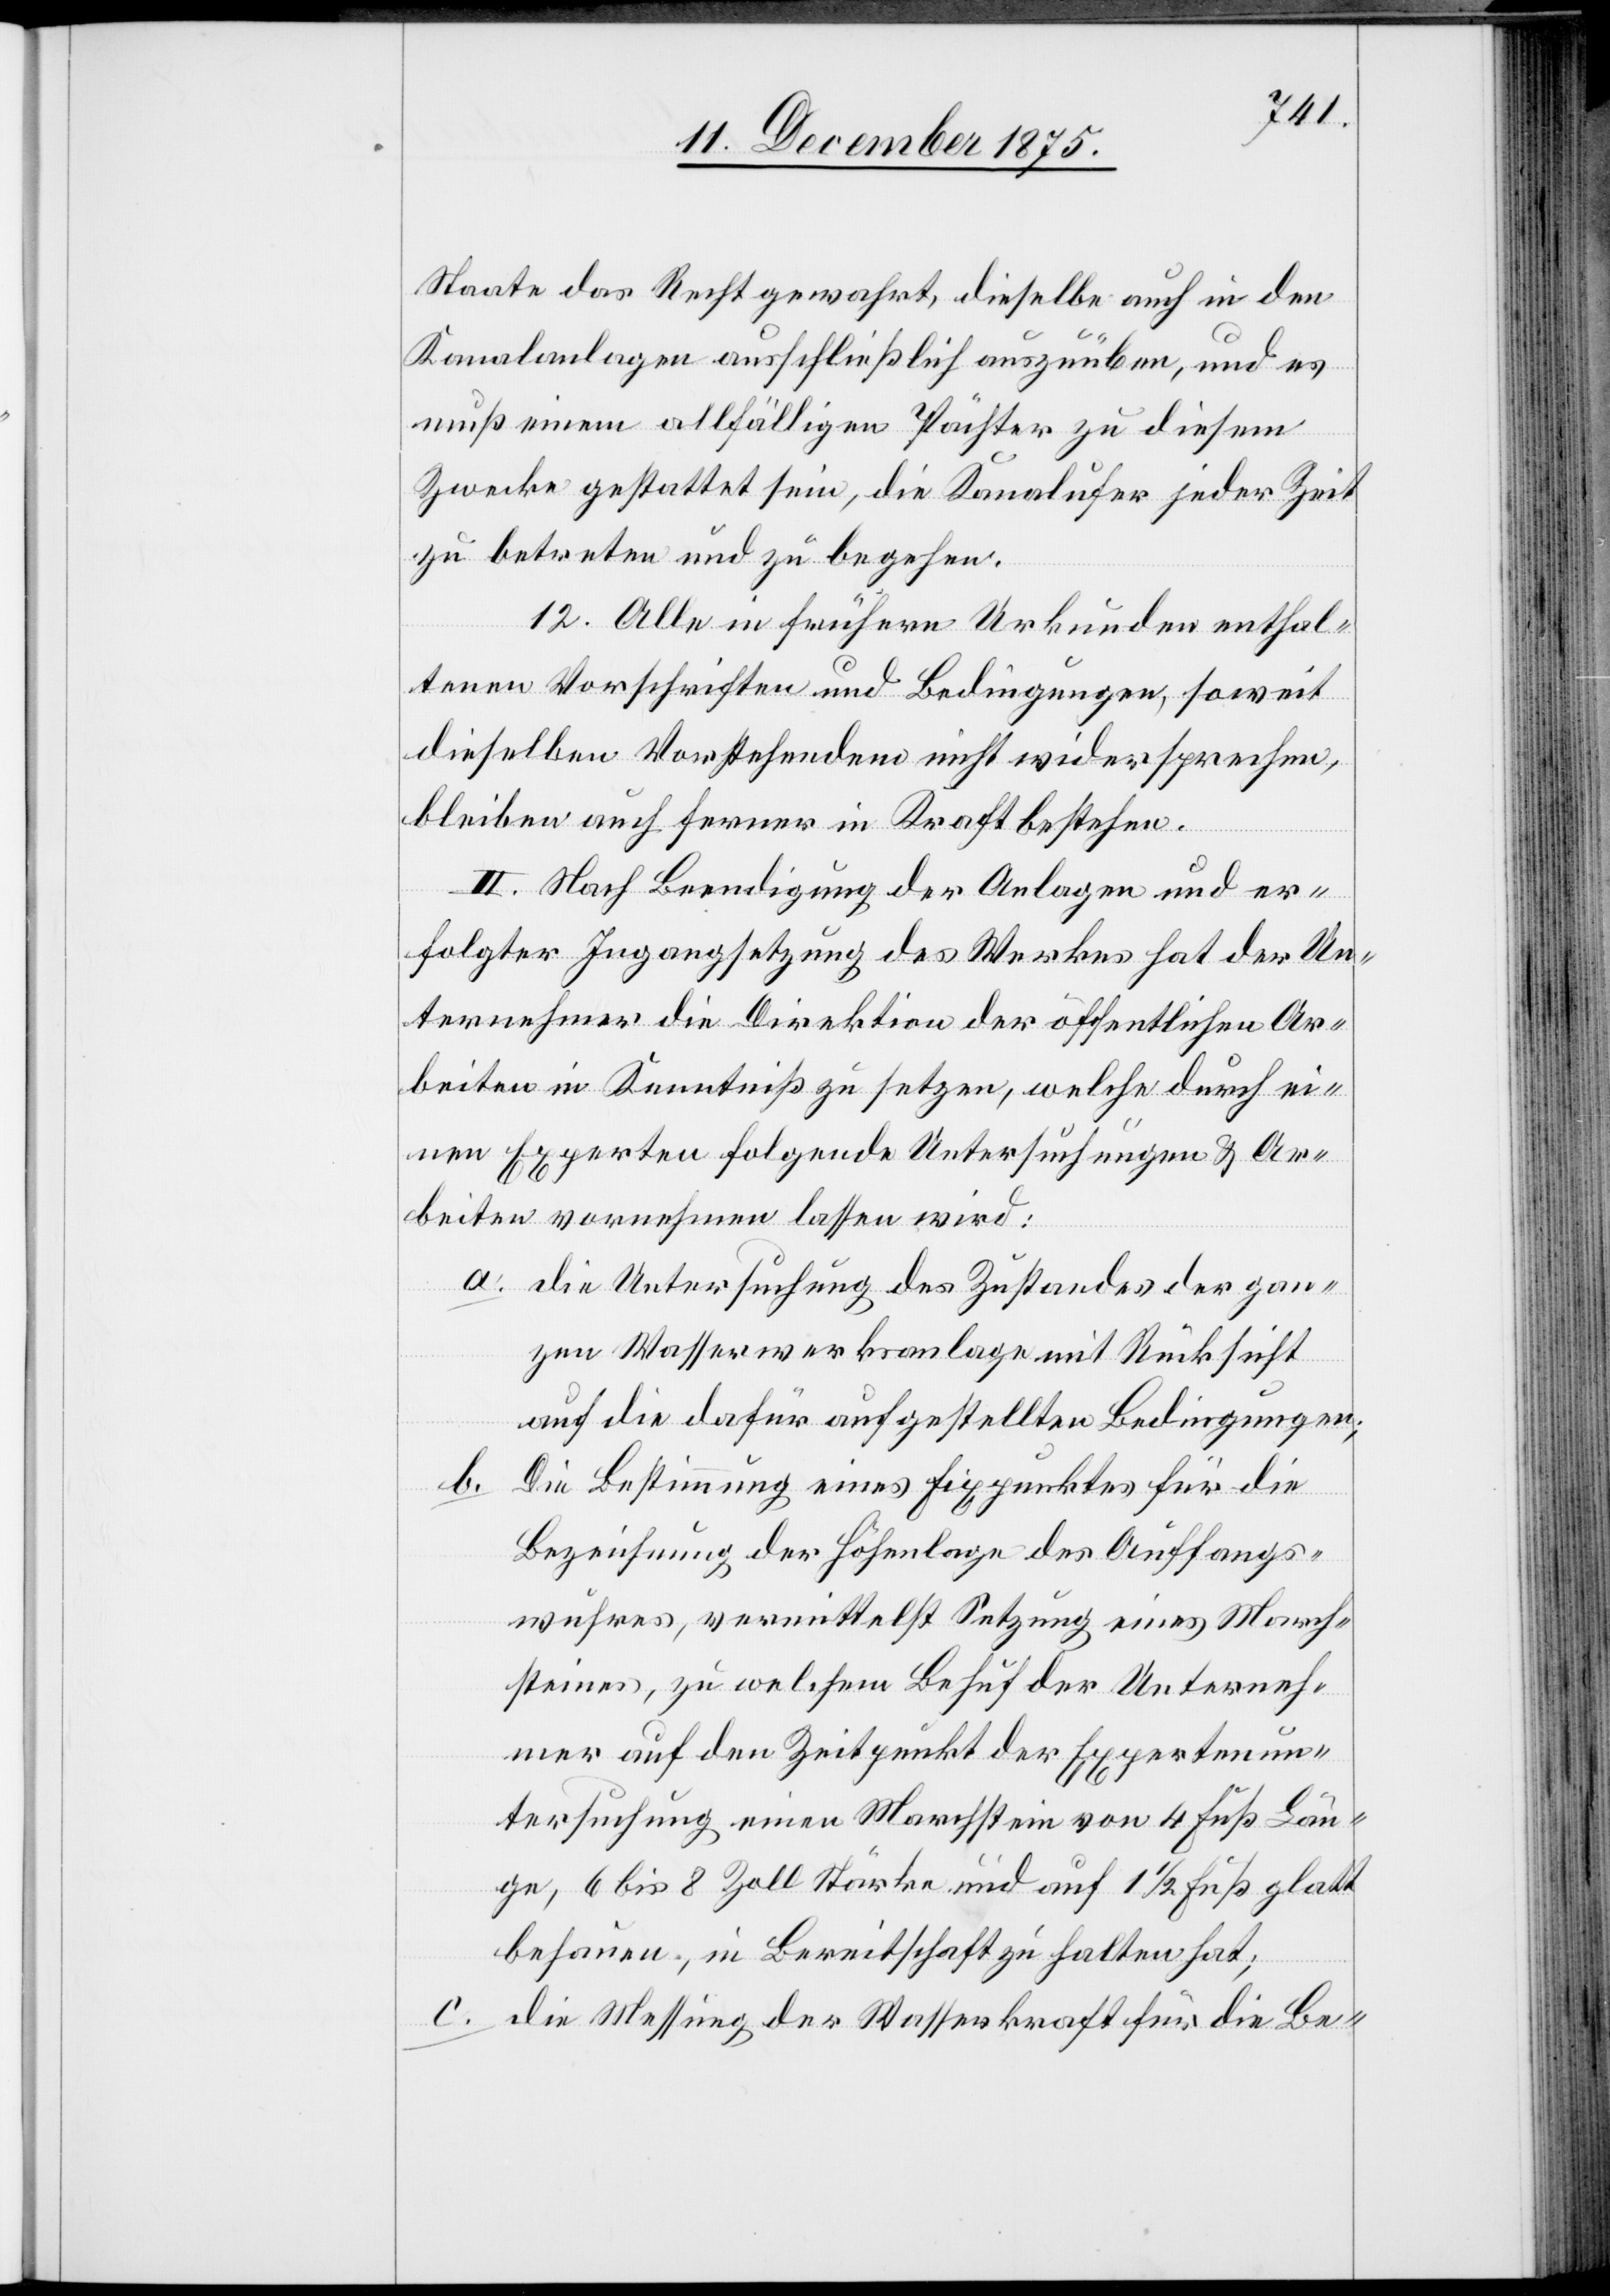
Staate das Recht gewahrt, dieselbe auch in den
Kanalanlagen ausschließlich auszuüben, und es
muß einem allfälligen Pächter zu diesem
Zwecke gestattet sein, die Kanalufer jeder Zeit
zu betreten und zu begehen.
12. Alle in frühern Urkunden enthal¬
tenen Vorschriften und Bedingungen, soweit
dieselben Vorstehendem nicht widersprechen,
bleiben auch ferner in Kraft bestehen.
Die
II. Nach Beendigung der Anlagen und er¬
folgter Ingangsetzung des Werkes hat der Un¬
ternehmer die Direktion der öffentlichen Ar¬
beiten in Kenntniß zu setzen, welche durch ei¬
nen Experten folgende Untersuchungen & Ar¬
beiten vornehmen lassen wird:
a. die Untersuchung des Zustandes der gan¬
zen Wasserwerksanlage mit Rücksicht
auf die dafür aufgestellten Bedingungen;
b.
Bestimmung eines Fixpunktes für die
Bezeichnung der Höhenlage des Auffangs¬
wuhres, vermittelst Setzung eines March¬
steines, zu welchem Behuf der Unterneh¬
mer auf den Zeitpunkt der Expertenun¬
tersuchung einen Marchstein von 4 Fuß Län¬
ge, 6 bis 8 Zoll Stärke und auf 1 1/2 Fuß glatt
behauen, in Bereitschaft zu halten hat;
c. die Messung der Wasserkraft für die Be-